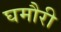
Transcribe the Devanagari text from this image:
घमौरी